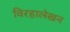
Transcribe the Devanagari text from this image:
विरहालेखन